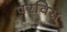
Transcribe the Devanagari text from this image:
परविस